Document type: Emphyteutic lease
Year: 1283
Scribe: Pere Marquès
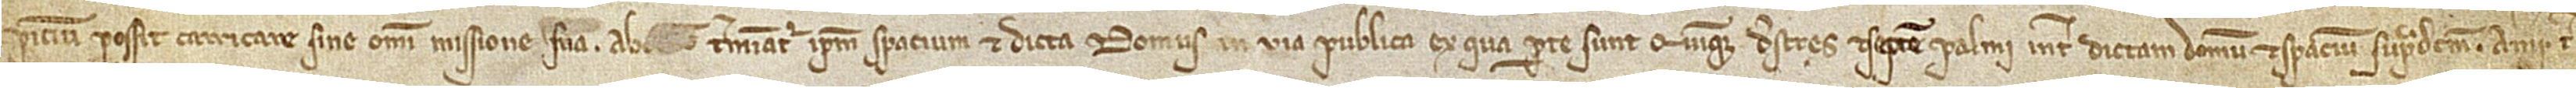
picium possit carricare sine omni missione sua; ab [occidente] terminatur ipsum spacium et dicta domus in via publica, ex qua parte sunt quinque destres et septem palmi inter dictam domum et spacium supradictum; a meridie ter-